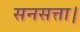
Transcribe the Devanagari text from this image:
सनसत्ता।